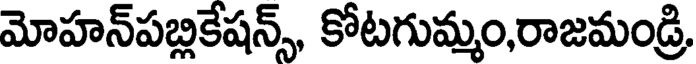
మోహన్పబ్లికేషన్స్, కోటగుమ్మం,రాజమండ్రి,